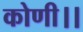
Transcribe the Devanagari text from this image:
कोणी।।